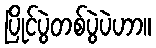
ပြိုင်ပွဲတစ်ပွဲပဲဟာ။